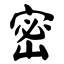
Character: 密